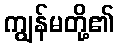
ကျွန်မတို့၏